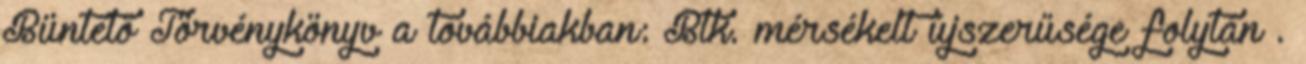
Büntető Törvénykönyv a továbbiakban: Btk. mérsékelt újszerűsége folytán .